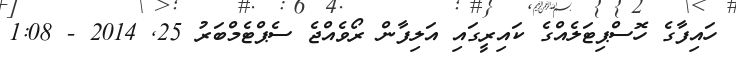
ހައިފާގެ ހޮސްޕިޓަލެއްގެ ކައިރީގައި އަލިފާން ރޯވެއްޖެ ސެޕްޓެމްބަރު 25